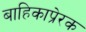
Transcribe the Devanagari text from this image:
बाहिकाप्रेरक